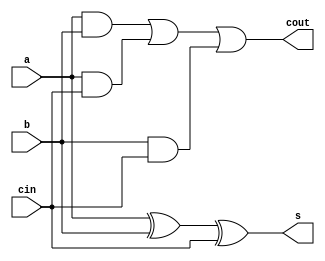

module one_bit_full_adder(
    input a, b, cin,
    output wire cout, s // carry and sum
    );
    
    assign s = a ^ b ^ cin ;
    assign cout = (a & b)|(a & cin)|(b & cin) ; // majority

endmodule